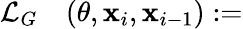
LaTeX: \begin{array}{rl}{\mathcal L_{G}}&{{}(\theta,\mathbf x_{i},\mathbf x_{i-1}):=}\end{array}